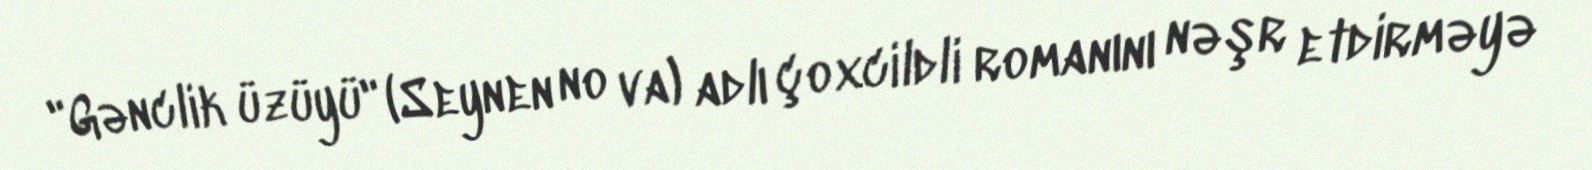
"Gənclik üzüyü" (Seynen no va) adlı çoxcildli romanını nəşr etdirməyə